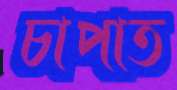
চাপাত